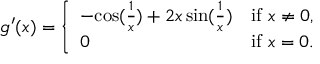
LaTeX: g ^ { \prime } ( x ) = { \left\{ \begin{array} { l l } { - { \mathord { \cos ( { \frac { 1 } { x } } ) } } + 2 x \sin ( { \frac { 1 } { x } } ) } & { { \mathrm { i f ~ } } x \neq 0 , } \\ { 0 } & { { \mathrm { i f ~ } } x = 0 . } \end{array} \right. }